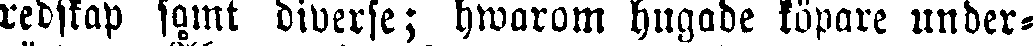
redskap samt diverse; hwarom hugade köpare under-